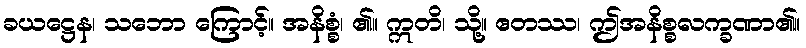
ခယဋ္ဌေန၊ သဘော ကြောင့်။ အနိစ္စံ၊ ၏။ ဣတိ၊ သို့။ ဧတဿ၊ ဤအနိစ္စလက္ခဏာ၏။